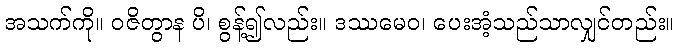
အသက်ကို။ ဝဇိတွာန ပိ၊ စွန့်၍လည်း။ ဒဿမေဝ၊ ပေးအံ့သည်သာလျှင်တည်း။